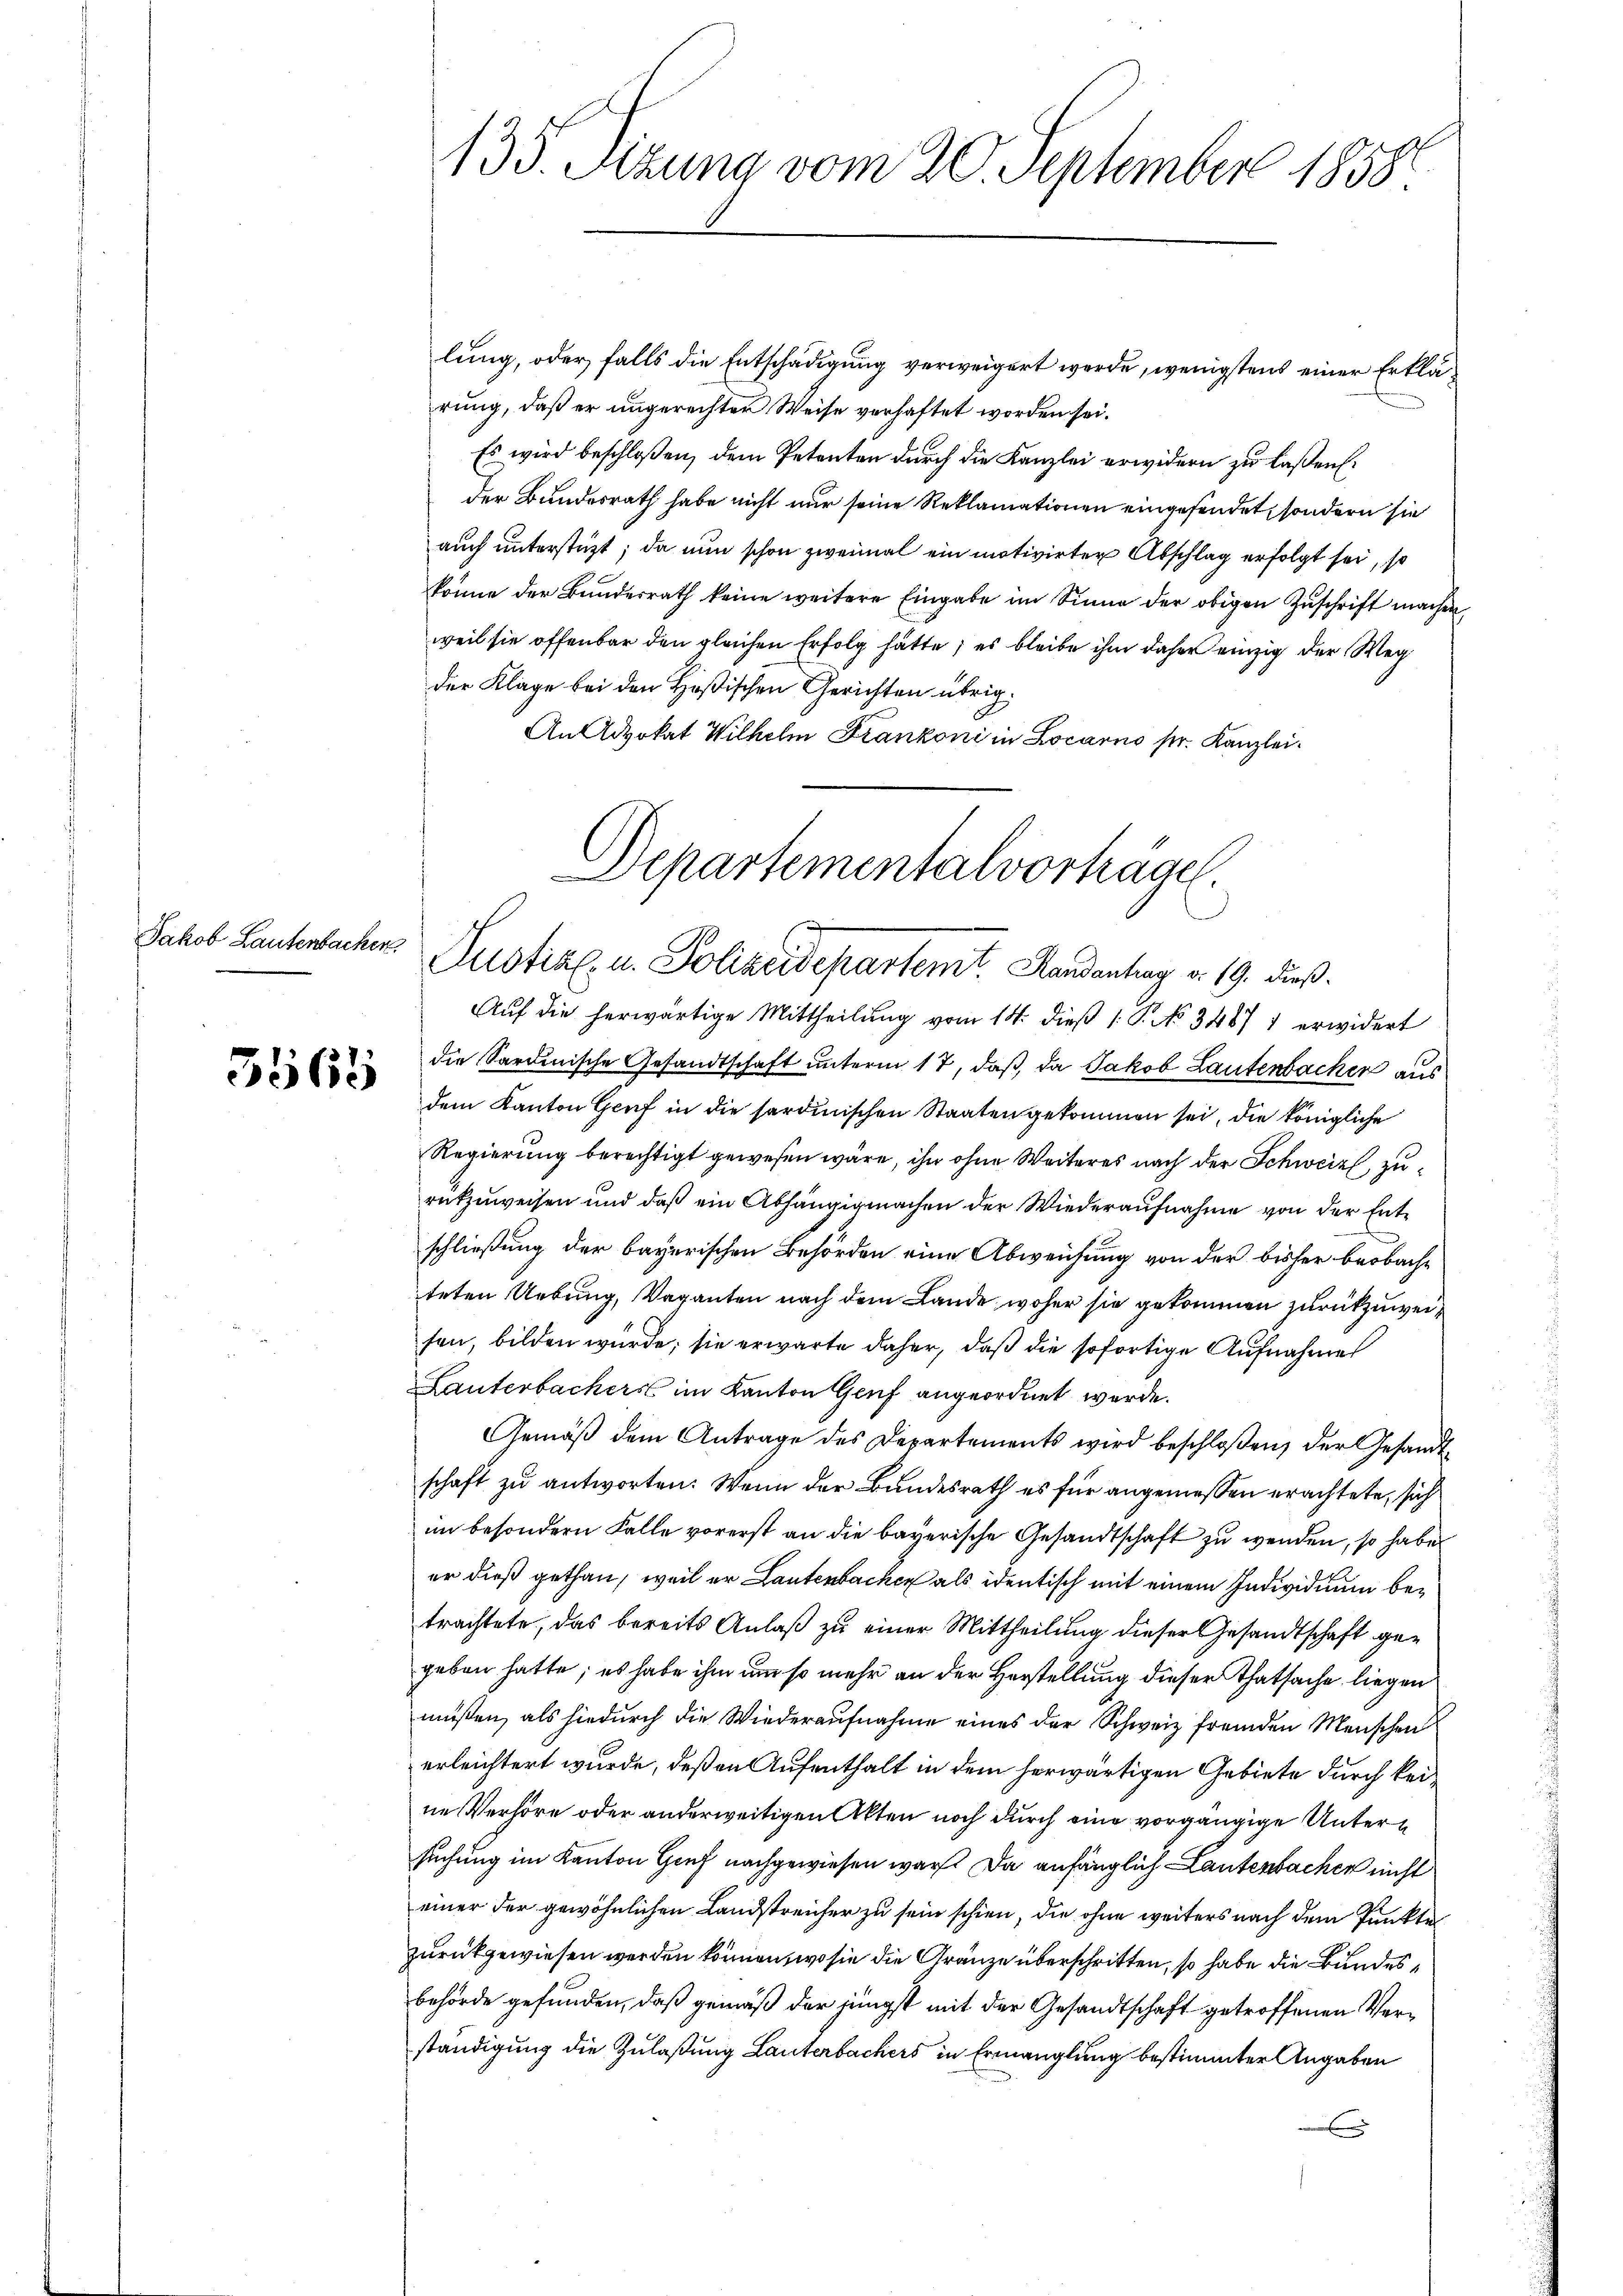
Jakob Lautenbachen.

5563

135. Sizung vom 20. September 1858.

lung, oder falls die Entschädigung verweigert werde, wenigstens einer Erklärung, daß er ungerechter Weise verhaftet worden sei.
Es wird beschloßen, dem Petenten durch die Kanzlei erwidern zu laßen.
der Bundesrath habe nicht nur seine Reklamationen eingefindet, sondern sie
auch unterstüzt; da nun schon zweimal ein motivirter Abschlag erfolgt sei, so
könne der Bundesrath keine weitere Eingabe im Sinne der obigen Zuschrift machen
weil sie offenbar den gleichen Erfolg hätte, es bleibe ihm daher einzig der Weg
der Klage bei den Heßischen Gerichten übrig.
An Advokat Wilhelm Frankoni in Locarno pr. Kanzlei¬
Separtementalvorträge.
e

Justiz- u. Polizeidepartemt. Handentrag v. 19. dieß.

Auf die herwärtige Mittheilung vom 14. dieß 1: P. No 34877 erwidert
die Sardinische Gesandtschaft unterm 17, daß da Jakob Lautenbacher aus
dem Kanton Genf in die sardinischen Staaten gekommen sei, die königliche
Regierung berechtigt gewesen wäre, ihn ohne Weiteres nach der Schweiz, zurükzuweisen und daß ein Abhängigmachen der Wiederaufnahme von der Entschließung der bayerischen Behörden eine Abweichung von der bisher beobache
iteten Uebung, Vaganten nach dem Lande woher sie gekommen zurückzuweifen, bilden würde; sie erwarte daher, daß die sofortige Aufnahme
Lauterbachers im Kanton Genf angeordnet werde.
Gemäβ dem Antrage des Departements wird beschloßen, der Gesandt-
schaft zu antworten: Wenn der Bundesrath es für angemessen erachtete, sich
im besondern Falle vorerst an die bayerische Gesandtschaft zu wenden, so habe
er dieß gethan, weil er Lautenbacher als identisch mit einem Individuum betrachtete, das bereits Anlaß zu einer Mittheilung dieser Gesandtschaft gegeben hatte; es habe ihm um so mehr an der Herstellung dieser Thatsache liegen
müssen, als hiedurch die Wiederaufnahme eines der Schweiz fremden Menschen
erleichtert wurde, deßen Aufenthalt in dem herwärtigen Gebiete durch keine Verhöre oder anderweitigen Akten noch durch eine vorgängige Untersuchung im Kanton Genf nachgewiesen war. Da anfänglich Lautenbacher nicht
einer der gewöhnlichen Landstreicher zu sein schien, die ohne weiters nach dem Punkte
zurückgewiesen werden können, wo sie die Gränze überschritten, so habe die Bundesbehörde gefunden, daß gemäß der jüngst mit der Gesandtschaft getroffenen Verständigung die Zulaßung Lautenbachers in Ermanglung bestimmter Angaben